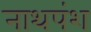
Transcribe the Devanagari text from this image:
नाथपंश